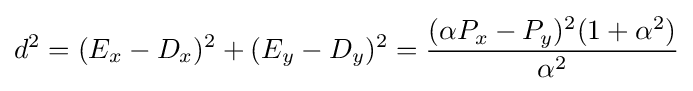
d^{2}=(E_{x}-D_{x})^{2}+(E_{y}-D_{y})^{2}={\frac {(\alpha P_{x}-P_{y})^{2}(1+\alpha ^{2})}{\alpha ^{2}}}